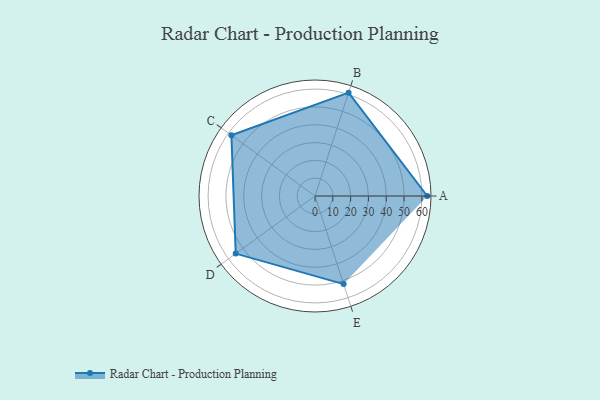
{"axis": {"x": "Skill", "y": "Score"}, "legend": ["Profile"], "data": [{"x": "A", "y": 63.0, "type": "Profile"}, {"x": "B", "y": 61.0, "type": "Profile"}, {"x": "C", "y": 58.0, "type": "Profile"}, {"x": "D", "y": 55.0, "type": "Profile"}, {"x": "E", "y": 52.0, "type": "Profile"}]}